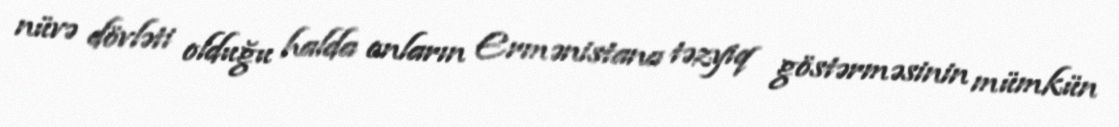
nüvə dövləti olduğu halda onların Ermənistana təzyiq göstərməsinin mümkün